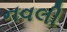
નવલી